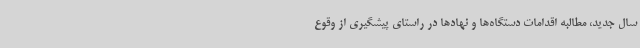
سال جدید، مطالبه اقدامات دستگاه‌ها و نهادها در راستای پیشگیری از وقوع